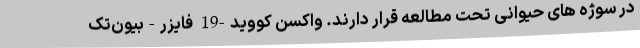
در سوژه های حیوانی تحت مطالعه قرار دارند. واکسن کووید-19 فایزر-بیون‌تک